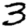
Digit: 3